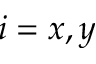
i = x , y